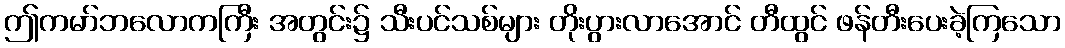
ဤကမာ်ဘလောကကြီး အတွင်း၌ သီးပင်သစ်များ တိုးပွားလာအောင် တီထွင် ဖန်တီးပေးခဲ့ကြသော